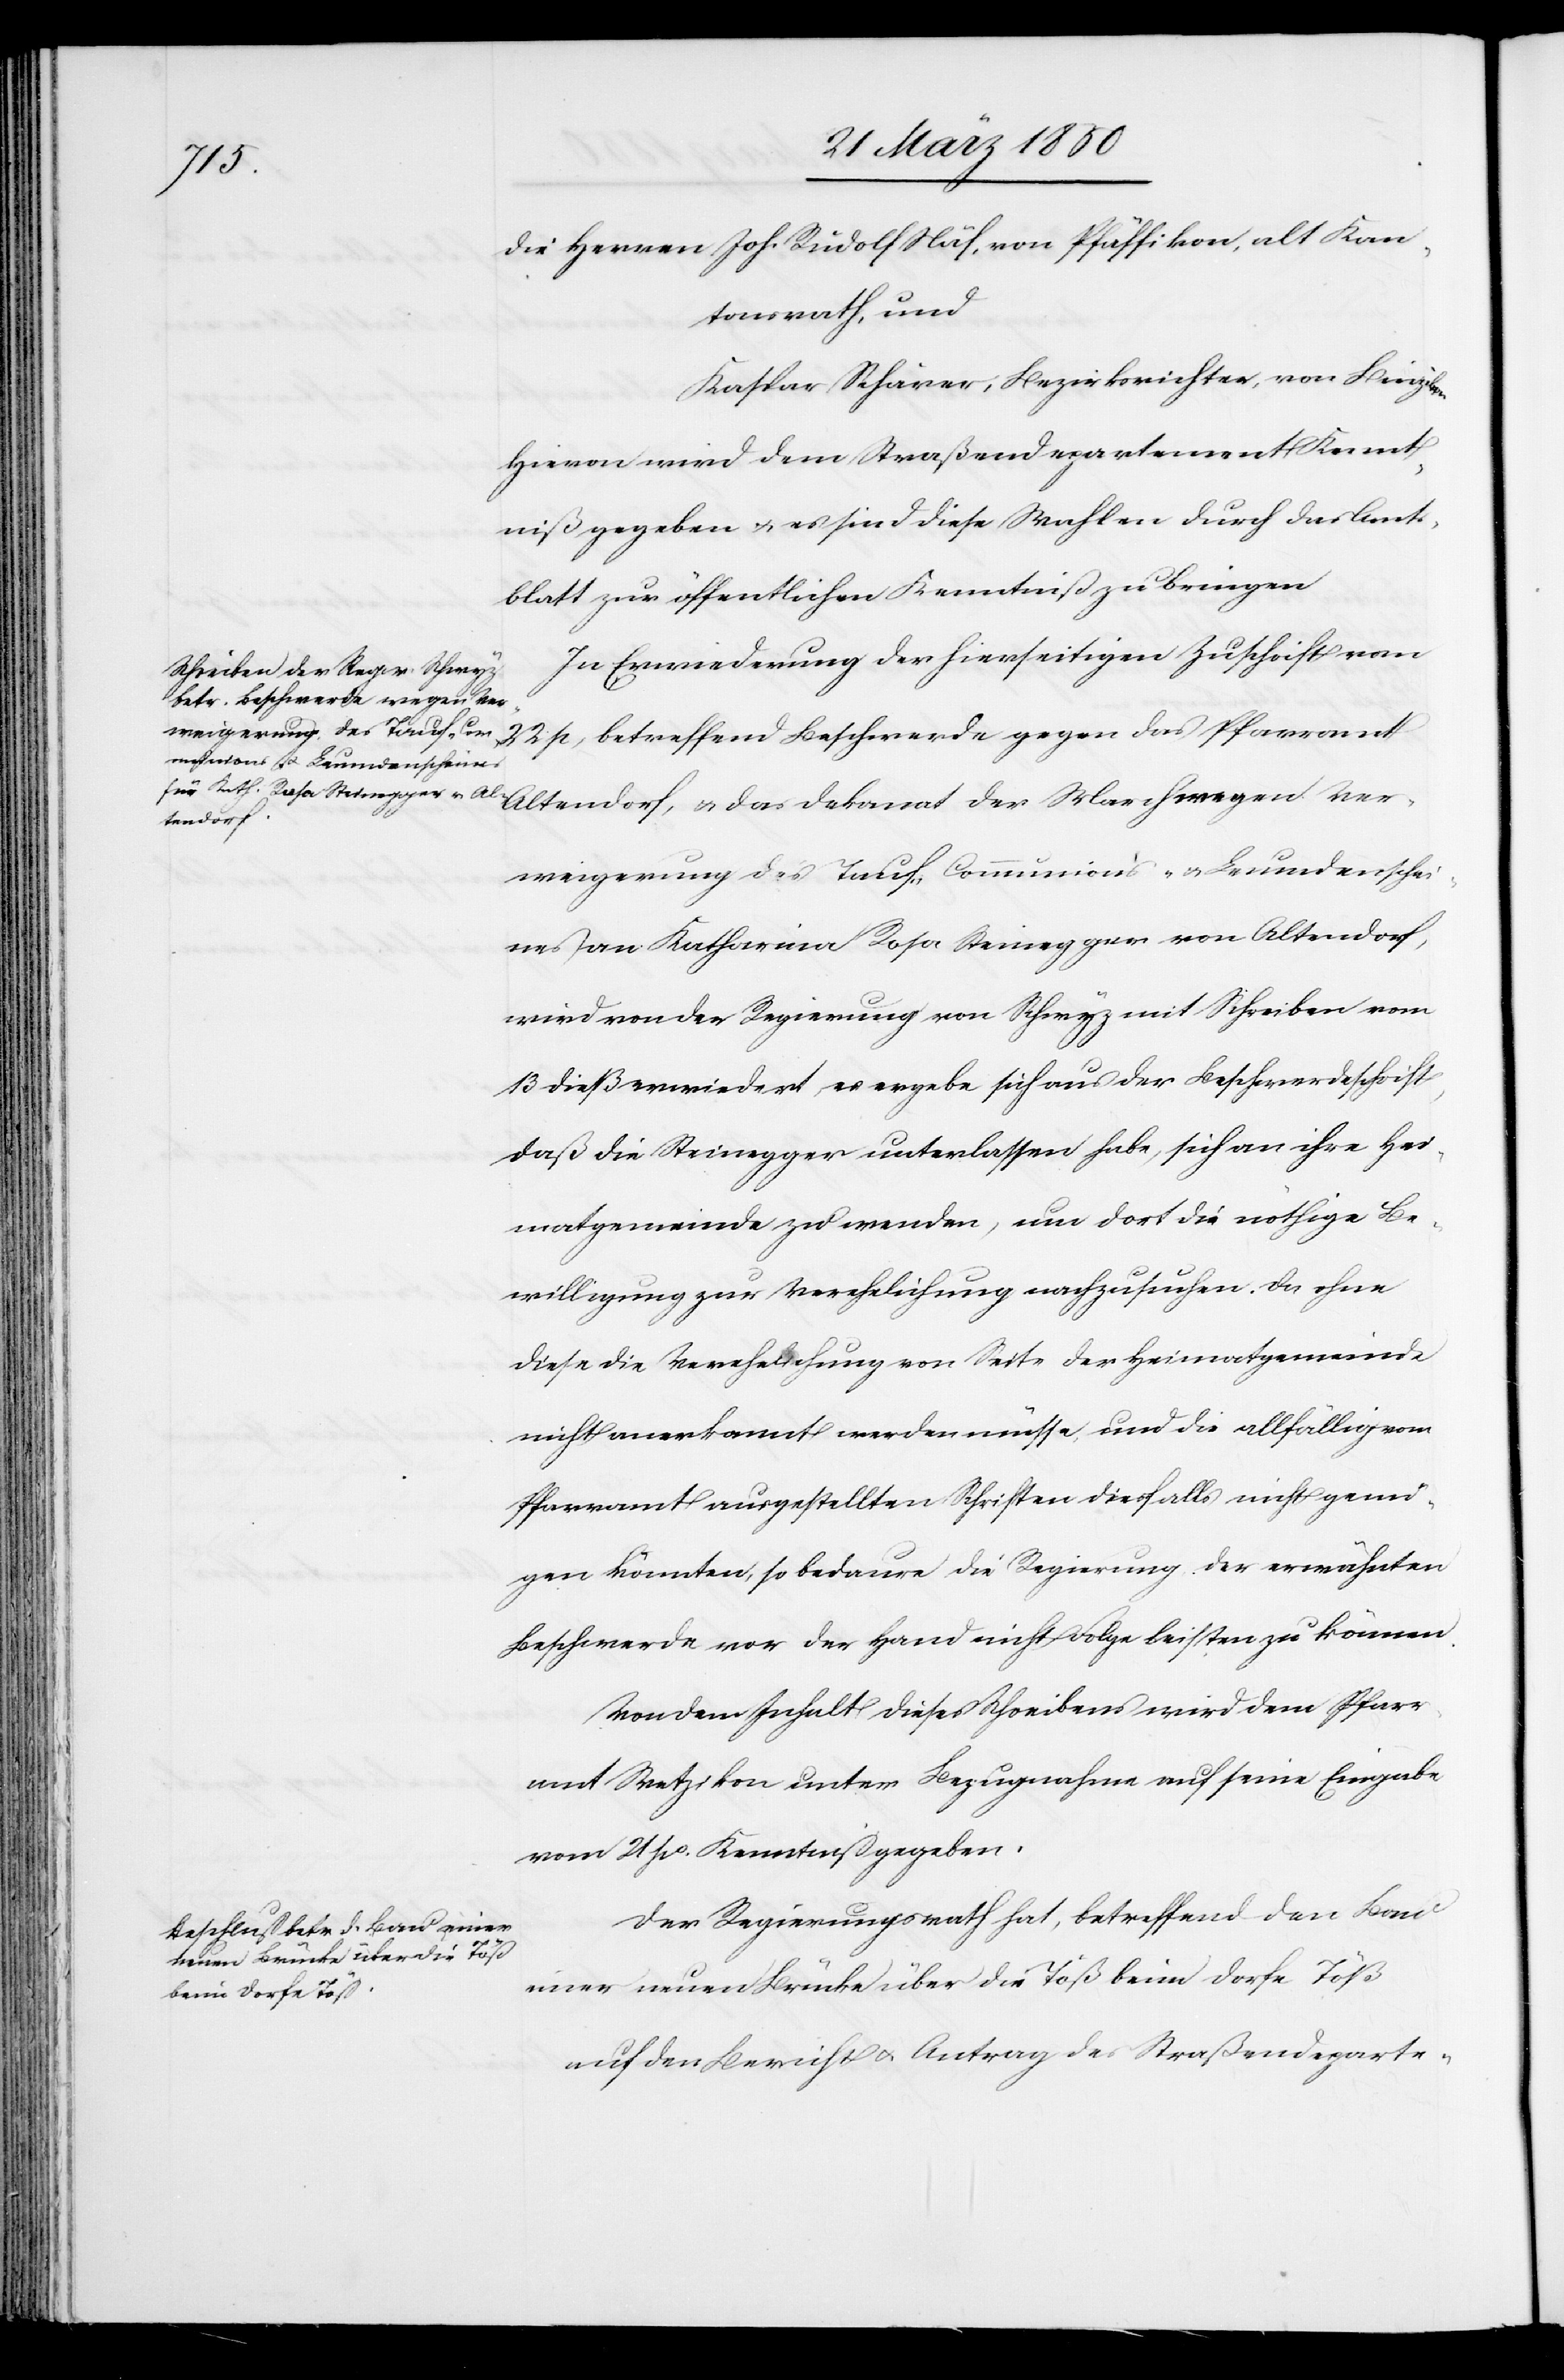
die Herren Joh. Rudolf Näf, von Pfäffikon, alt Kan¬
tonsrath, und
Kaspar Schärer; Bezirksrichter, von Binzikon
Hievon wird dem Straßendepartement Kennt¬
niß gegeben u. es sind diese Wahlen durch das Amts¬
blatt zur öffentlichen Kenntniß zu bringen.
In Erwiederung der hierseitigen Zuschrift vom
22 p, betreffend Beschwerde gegen das Pfarramt
Altendorf, u. das Dekanat der March wegen Ver¬
weigerung des Tauf- Communions- u. Leumdenschei¬
nes an Katharina Rosa Steinegger von Altendorf,
wird von der Regierung von Schwyz mit Schreiben vom
13 dieß erwiedert, es ergebe sich aus der Beschwerdeschrift,
daß die Steinegger unterlassen habe, sich an ihre Hei¬
matgemeinde zu wenden, um dort die nöthige Be¬
willigung zur Verehelichung nachzusuchen. Da ohne
diese die Verehelichung von Seite der Heimatgemeinde
nicht anerkannt werden müsse, und die allfällig vom
Pfarramt ausgestellten Schriften diesfalls nicht genü¬
gen könnten, so bedaure die Regierung der erwähnten
Beschwerde vor der Hand nicht Folge leisten zu können.
Von dem Inhalt dieses Schreibens wird dem Pfarr¬
amte Wetzikon unter Bezugnahme auf seine Eingabe
vom 21 po. Kenntniß gegeben.
Der Regierungsrath hat, betreffend den Bau
einer neuen Brücke über die Töß beim Dorfe Töß
auf den Bericht u. Antrag des Straßendeparte-